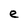
Character: e